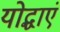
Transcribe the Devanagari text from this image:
योद्धाएं